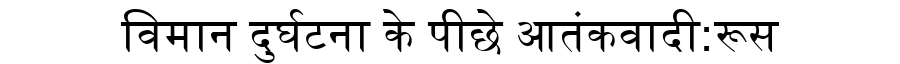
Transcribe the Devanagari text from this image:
विमान दुर्घटना के पीछे आतंकवादी:रूस